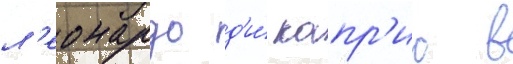
л'еонардо д'и́ капр'ио в